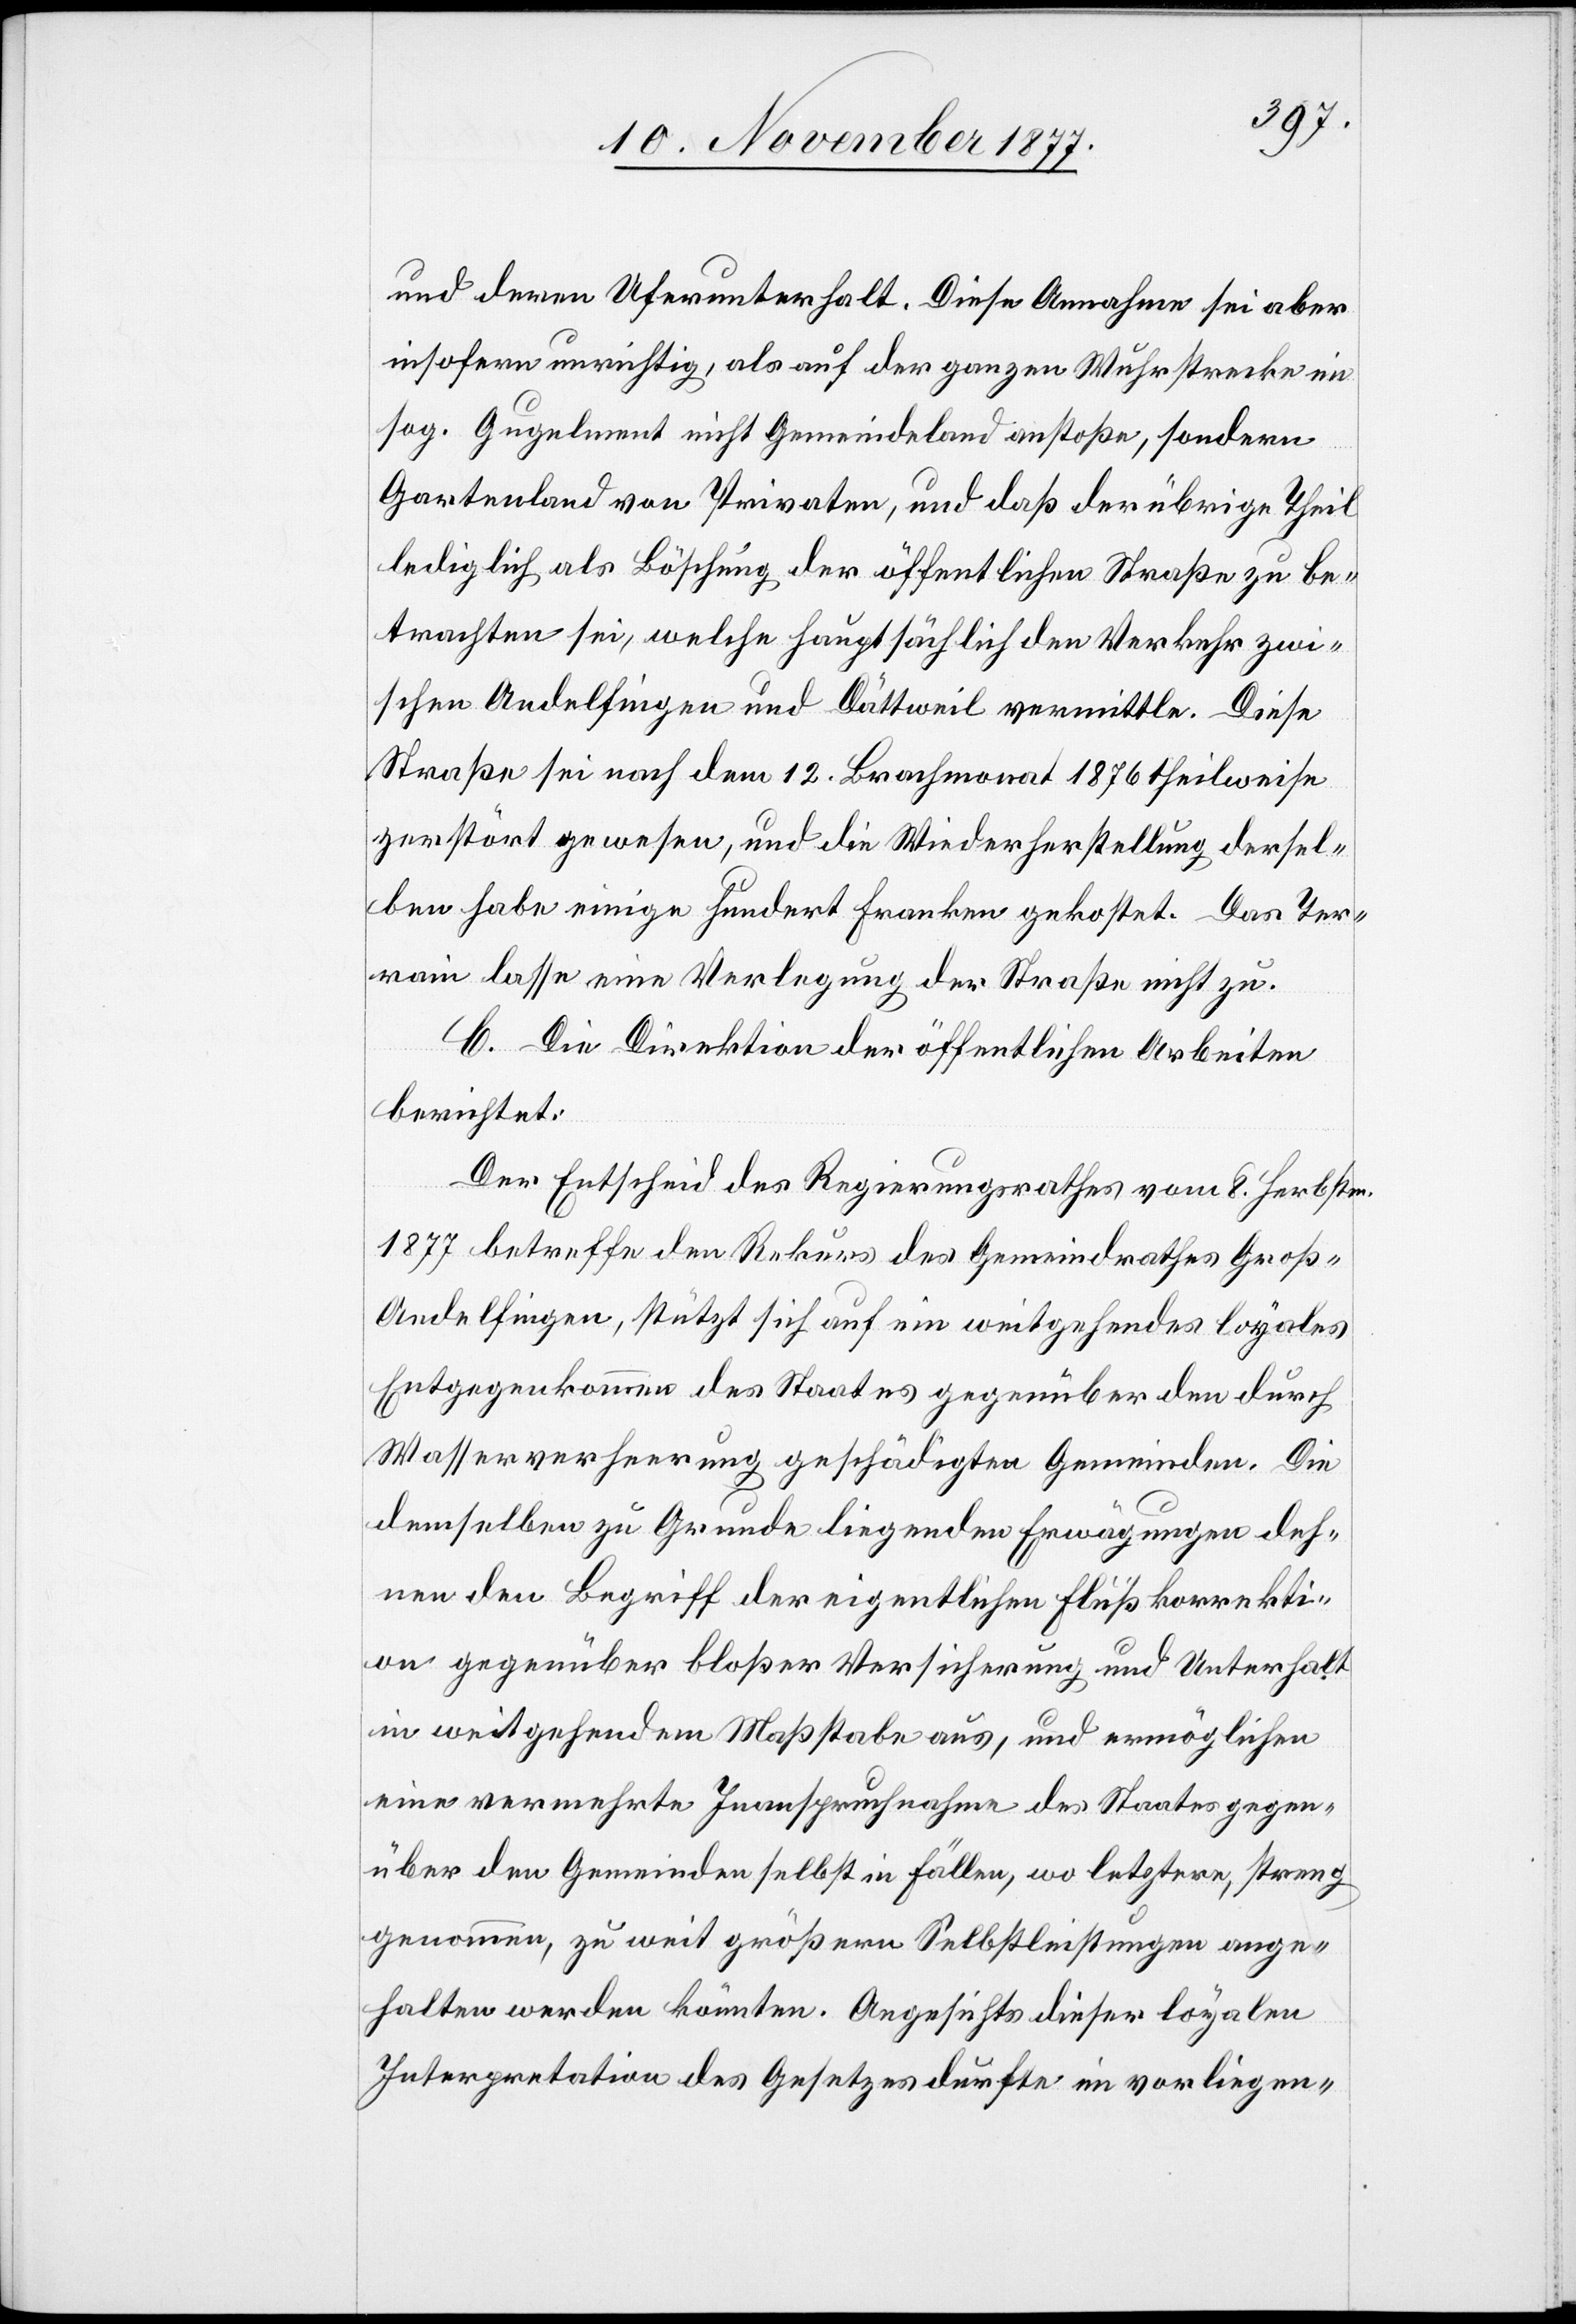
und deren Uferunterhalt. Diese Annahme sei aber
insofern unrichtig, als auf der ganzen Wuhrstrecke im
sog. Gugelment nicht Gemeindeland anstoße, sondern
Gartenland von Privaten, und daß der übrige Theil
lediglich als Böschung der öffentlichen Straße zu be¬
trachten sei, welche hauptsächlich den Verkehr zwi¬
schen Andelfingen und Dättweil vermittle. Diese
Straße sei nach dem 12. Brachmonat 1876 theilweise
zerstört gewesen, und die Wiederherstellung dersel¬
ben habe einige hundert Franken gekostet. Das Ter¬
rain lasse eine Verlegung der Straße nicht zu.
C. Die Direktion der öffentlichen Arbeiten
berichtet:
Der Entscheid des Regierungsrathes vom 8. Herbstm.
1877 betreffe den Rekurs des Gemeindrathes Groß-A¬
ndelfingen, stützt sich auf ein weitgehendes loyales
Entgegenkommen des Staates gegenüber den durch
Wasserverheerung geschädigten Gemeinden. Die
demselben zu Grunde liegenden Erwägungen deh¬
nen den Begriff der eigentlichen Flußkorrekti¬
on gegenüber bloßer Versicherung und Unterhalt
in weitgehendem Maßstabe aus, und ermöglichen
eine vermehrte Inanspruchnahme des Staates gegen¬
über den Gemeinden selbst in Fällen, wo letztere, streng
genommen, zu weit größern Selbstleistungen ange¬
halten werden könnten. Angesichts dieser loyalen
Interpretation des Gesetzes durfte im vorliegen-